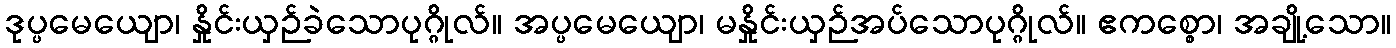
ဒုပ္ပမေယျော၊ နှိုင်းယှဉ်ခဲသောပုဂ္ဂိုလ်။ အပ္ပမေယျော၊ မနှိုင်းယှဉ်အပ်သောပုဂ္ဂိုလ်။ ဧကစ္စော၊ အချို့သော။